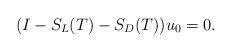
LaTeX: \begin{align*}(I-S_{L}(T)-S_{D}(T))u_{0}=0.\end{align*}